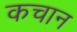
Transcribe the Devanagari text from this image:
कचान